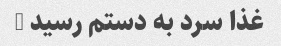
غذا سرد به دستم رسید …